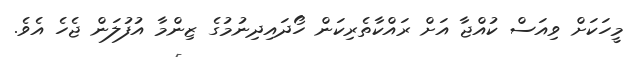
މީހަކަށް ވިއަސް ކުއްޖާ އަށް ރައްކާތެރިކަން ހޯދައިދިނުމުގެ ޒިންމާ އުފުލަން ޖެހެ އެވެ.